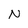
Character: N